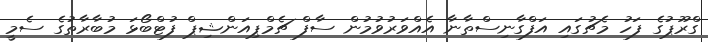
ގްރޫޕުގެ ފަހު މެޗުގައި އަފްގާނިސްތާނާ އެއްވަރުވުމުން ސާފް ޗެމްޕިއަންޝިޕް ފުޓްބޯޅަ މުބާރާތުގެ ސެމީ